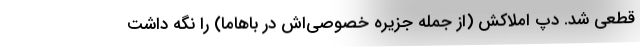
قطعی شد. دپ املاکش (از جمله جزیره خصوصی‌اش در باهاما) را نگه داشت